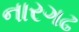
નારગઢ